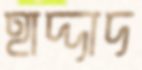
হাদ্দাদ